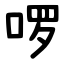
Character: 啰